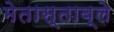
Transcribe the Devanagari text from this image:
मेतास्ताब्ले